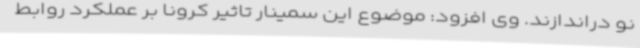
نو دراندازند. وی افزود: موضوع این سمینار تاثیر کرونا بر عملکرد روابط